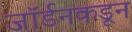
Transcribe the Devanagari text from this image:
जॉर्डनकडून